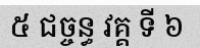
៥ ជច្ចន្ធ វគ្គ ទី ៦